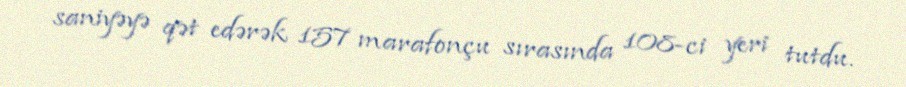
saniyəyə qət edərək 157 marafonçu sırasında 108-ci yeri tutdu.